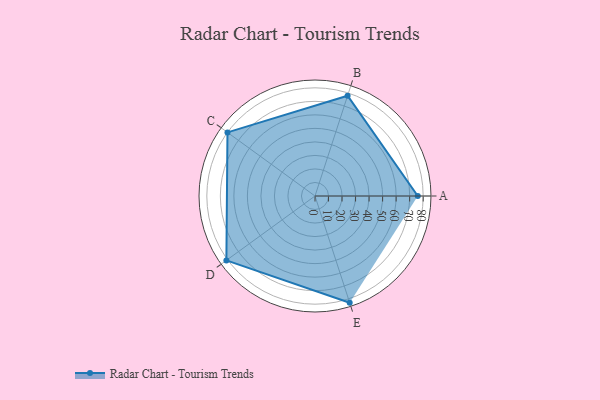
{"axis": {"x": "Skill", "y": "Score"}, "legend": ["Profile"], "data": [{"x": "A", "y": 76.0, "type": "Profile"}, {"x": "B", "y": 78.0, "type": "Profile"}, {"x": "C", "y": 80.0, "type": "Profile"}, {"x": "D", "y": 81.0, "type": "Profile"}, {"x": "E", "y": 83.0, "type": "Profile"}]}